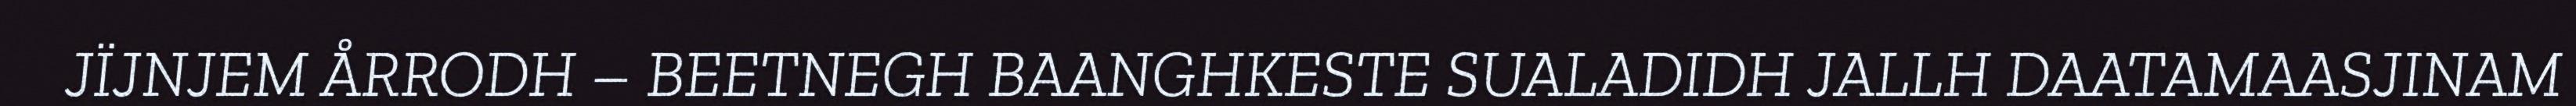
JÏJNJEM ÅRRODH – BEETNEGH BAANGHKESTE SUALADIDH JALLH DAATAMAASJINAM